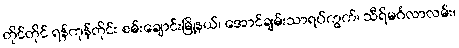
တိုင်တိုင် ရန်ကုန်တိုင်း စမ်းချောင်းမြို့နယ်၊ အောင်ချမ်းသာရပ်ကွက်၊ သီရိမင်္ဂလာလမ်း၊